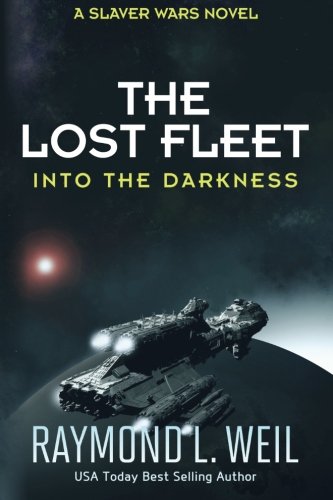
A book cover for The Lost Fleet: Into the Darkness: A Slaver Wars Novel (Volume 2); Raymond L. Weil; Science Fiction & Fantasy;